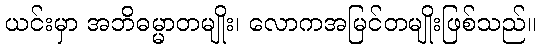
ယင်းမှာ အဘိဓမ္မာတမျိုး၊ လောကအမြင်တမျိုးဖြစ်သည်။